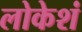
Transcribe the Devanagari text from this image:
लोकेशं